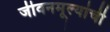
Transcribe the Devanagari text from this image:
जीवनमूल्यांची